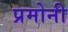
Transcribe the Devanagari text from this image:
प्रमोनी